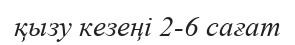
қызу кезеңі 2-6 сағат